Vaccination in Bombay 1874-1876 - 1874-1876
Year: 1874
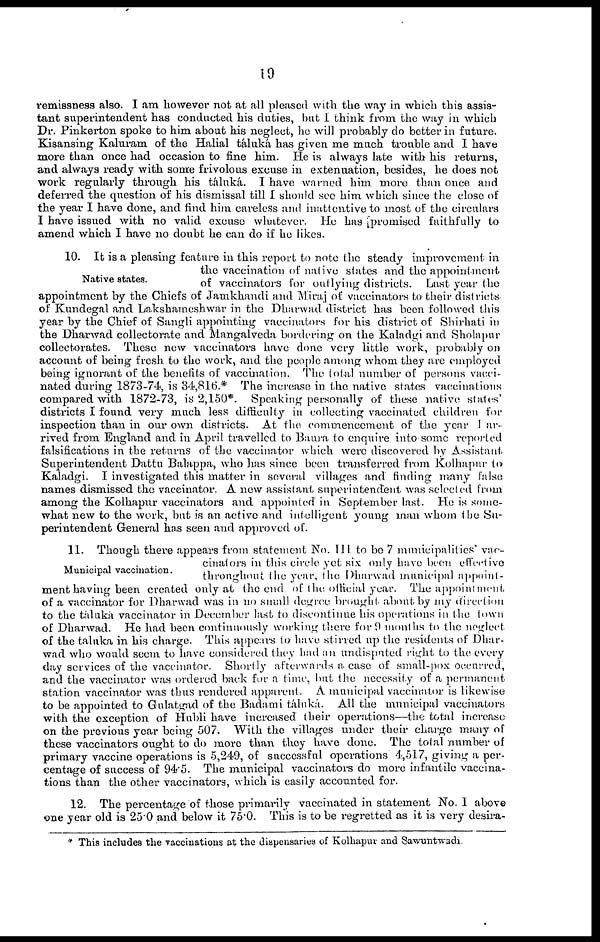
19
remissness also. I am however not at all pleased with the way in which this assis-
tant superintendent has conducted his duties, but I think from the way in which
Dr. Pinkerton spoke to him about his neglect, he will probably do better in future.
Kisansing Kaluram of the Halial táluká has given me much trouble and I have
more than once had occasion to fine him. He is always late with his returns,
and always ready with some frivolous excuse in extenuation, besides, he does not
work regularly through his táluká. I have warned him more than once and
deferred the question of his dismissal till I should see him which since the close of
the year I have done, and find him careless and inattentive to most of the circulars
I have issued with no valid excuse whatever. He has promised faithfully to
amend which I have no doubt he can do if he likes.
Native states.
10. It is a pleasing feature in this report to note the steady improvement in
the vaccination of native states and the appointment
of vaccinators for outlying districts. Last year the
appointment by the Chiefs of Jamkhandi and Miraj of vaccinators to their districts
of Kundegal and Lakshameshwar in the Dharwad district has been followed this
year by the Chief of Sangli appointing vaccinators for his district of Shirhati in
the Dharwad collectorate and Mangalveda bordering on the Kaladgi and Sholapur
collectorates. These new vaccinators have done very little work, probably on
account of being fresh to the work, and the people among whom they are employed
being ignorant of the benefits of vaccination. The total number of persons vacci-
nated during 1873-74, is 34,816.* The increase in the native states vaccinations
compared with 1872-73, is 2,150*. Speaking personally of these native states'
districts I found very much less difficulty in collecting vaccinated children for
inspection than in our own districts. At the commencement of the year I ar-
rived from England and in April travelled to Baura to enquire into some reported
falsifications in the returns of the vaccinator which were discovered by Assistant-
Superintendent Dattu Balappa, who has since been transferred from Kolhapur to
Kaladgi. I investigated this matter in several villages and finding many false
names dismissed the vaccinator. A new assistant superintendent was selected from
among the Kolhapur vaccinators and appointed in September last. He is some-
what new to the work, but is an active and intelligent young man whom the Su-
perintendent General has seen and approved of.
Municipal vaccination.
11. Though there appears from statement No. III to be 7 municipalities vac¬
cinators in this circle yet six only have been effective
throughout the year, the Dharwad municipal appoint-
ment having been created only at the end of the official year. The appointment
of a vaccinator for Dharwad was in no small degree brought, about by my direction
to the táluká vaccinator in December last to discontinue his operations in the town
of Dharwad. He had been continuously working there for 9 months to the neglect
of the taluka in his charge. This appears to have stirred up the residents of Dhar-
wad who would seem to have considered they had an undisputed right to the every
day services of the vaccinator
Shortly afterwards a case of small-pox occurred,
and the vaccinator was ordered back for a time, but the necessity of a permanent
station vaccinator was thus rendered apparent. A municipal vaccinator is likewise
to be appointed to Gulatgad of the Badami táluká. All the municipal vaccinators
with the exception of Hubli have increased their operations—the total increase
on the previous year being 507. With the villages under their charge many of
these vaccinators ought to do more than they have done. The total number of
primary vaccine operations is 5,249, of successful operations 4,517, giving a per-
centage of success of 94.5. The municipal vaccinators do more infantile vaccina-
tions than the other vaccinators, which is easily accounted for.
12. The percentage of those primarily vaccinated in statement No. I above
one year old is 25.0 and below it 75.0. This is to be regretted as it is very desira¬
* This includes the vaccinations at the dispensaries of Kolhapur and Sawuntwadi.